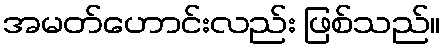
အမတ်ဟောင်းလည်း ဖြစ်သည်။